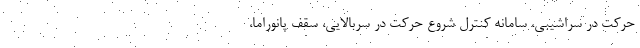
حرکت در سراشیبی، سامانه کنترل شروع حرکت در سربالایی، سقف پانوراما،